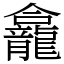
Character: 龕